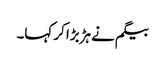
بیگم نے ہڑبڑا کر کہا۔